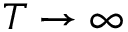
T \to \infty